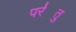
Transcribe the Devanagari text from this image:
पर॑तु